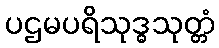
ပဌမပရိသုဒ္ဓသုတ္တံ